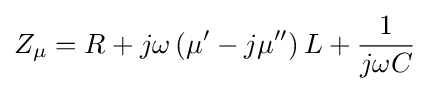
Z_{\mu }=R+j\omega \left(\mu ^{\prime }-j\mu ^{\prime \prime }\right)L+{\frac {1}{j\omega C}}